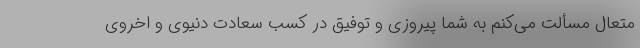
متعال مسألت می‌کنم به شما پیروزی و توفیق در کسب سعادت دنیوی و اخروی